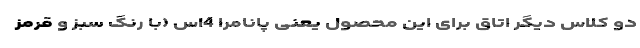
دو کلاس دیگر اتاق برای این محصول یعنی پانامرا 4اس (با رنگ سبز و قرمز